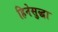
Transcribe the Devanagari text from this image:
हिनेसुद्धा